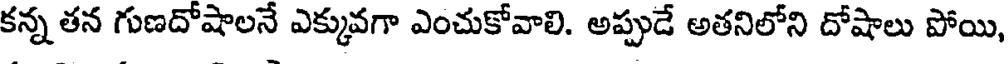
కన్న తన గుణదోషాలనే ఎక్కువగా ఎంచుకోవాలి. అప్పుడే అతనిలోని దోషాలు పోయి,